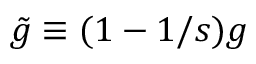
\tilde { g } \equiv ( 1 - 1 / s ) g